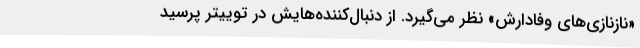
«نازنازی‌های وفادارش» نظر می‌گیرد. از دنبال‌کننده‌هایش در توییتر پرسید